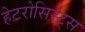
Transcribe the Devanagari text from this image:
हेटरोसिस्ट्स